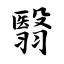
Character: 翳